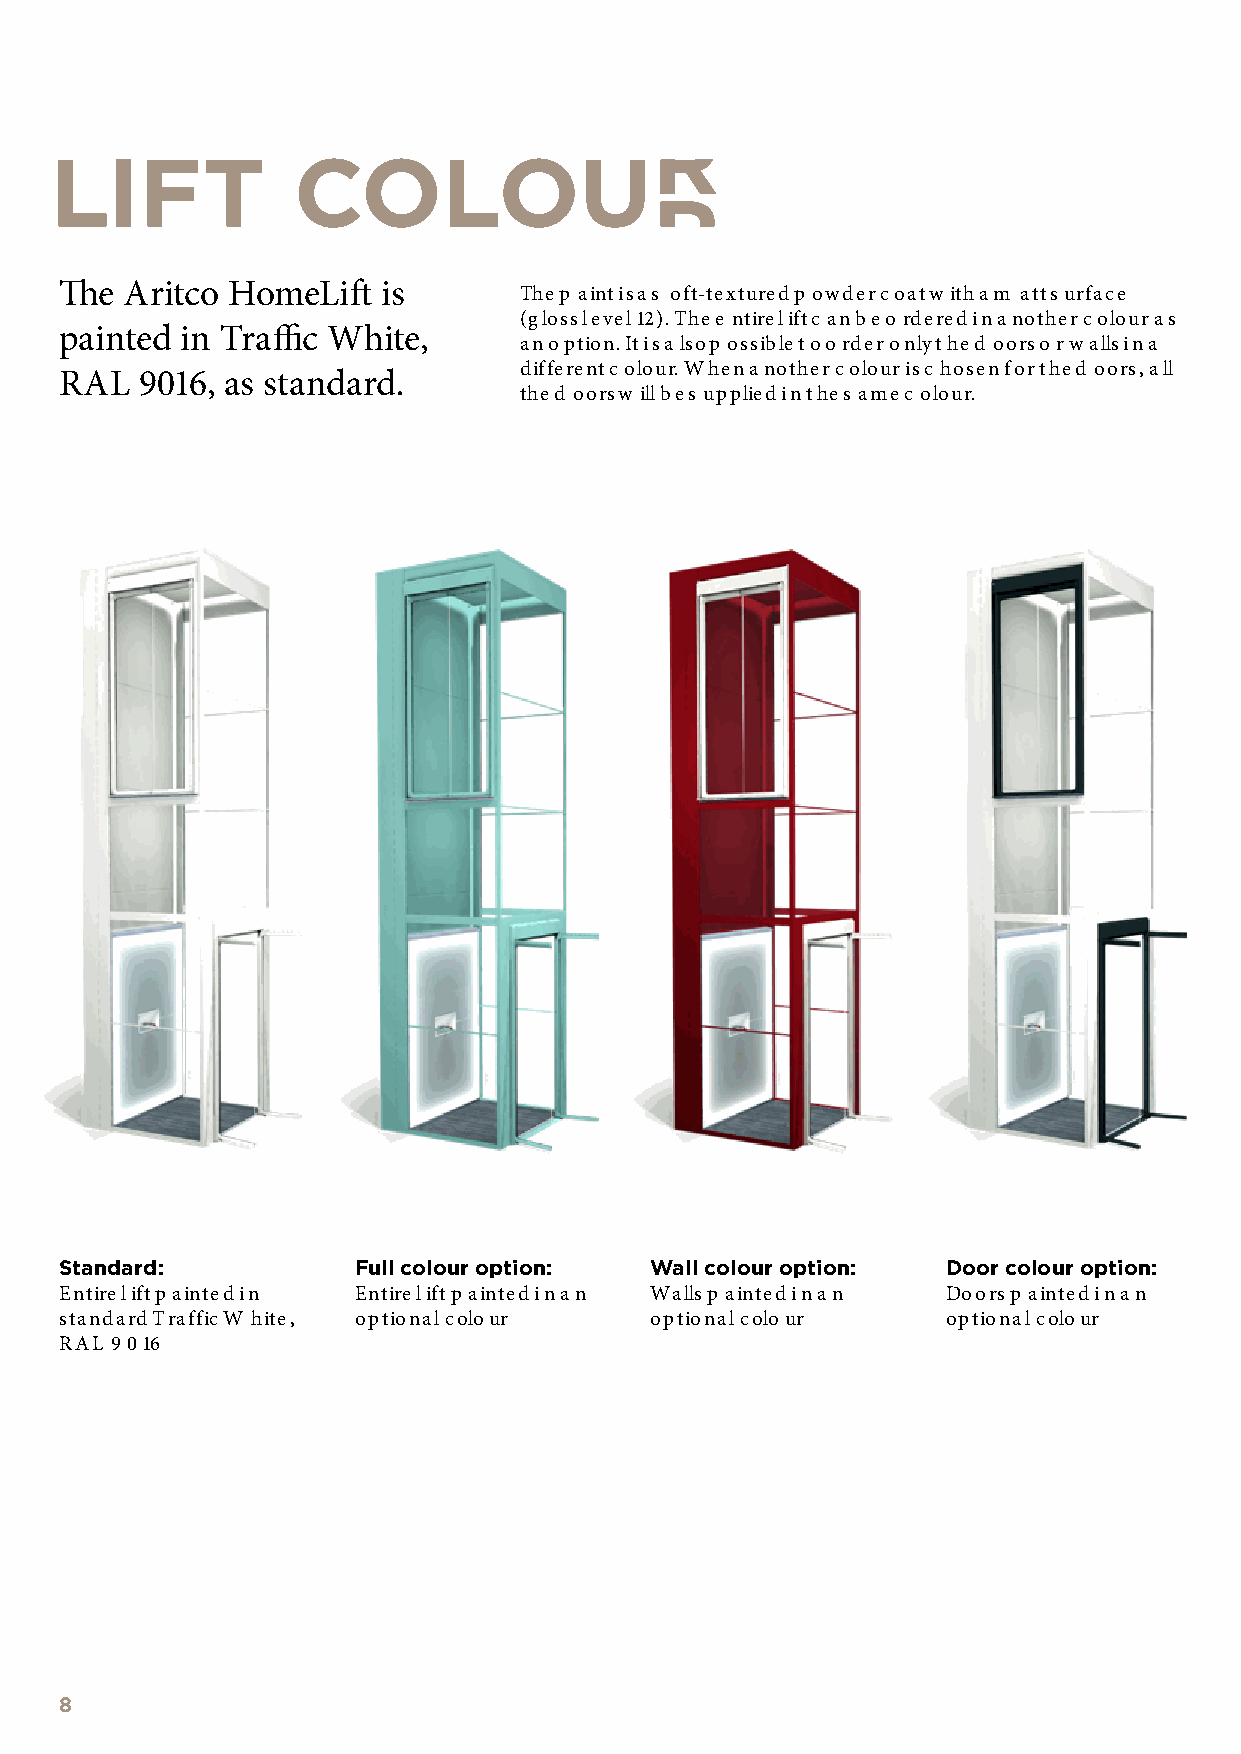
LIFT            COLOUR
 The Aritco HomeLift  is       The p aint is a s oft-textured p owder coat w ith a m att surface
 (gloss level 12). The e ntire lift c an be o rdered in another colour as
 painted in Traffic White,
 an option. It is a lso p ossible to o rder only the d oors o r walls in a
 different c olour. When another colour is c hosen for the d oors, all
 RAL  9016, as standard.
 the d oors w ill be s upplied in the s ame c olour.
 Standard:          Full colour option: Wall colour option: Door colour option:
 Entire lift p ainted in Entire lift p ainted in an Walls p ainted in an Doors p ainted in an
 standard Traffic W hite, optional colour optional colour   optional colour
 RAL 9 016
 8